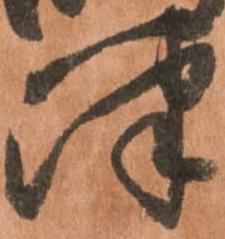
津